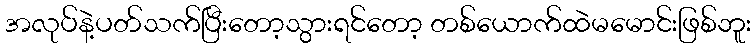
အလုပ်နဲ့ပတ်သက်ပြီးတော့သွားရင်တော့ တစ်ယောက်ထဲမမောင်းဖြစ်ဘူး